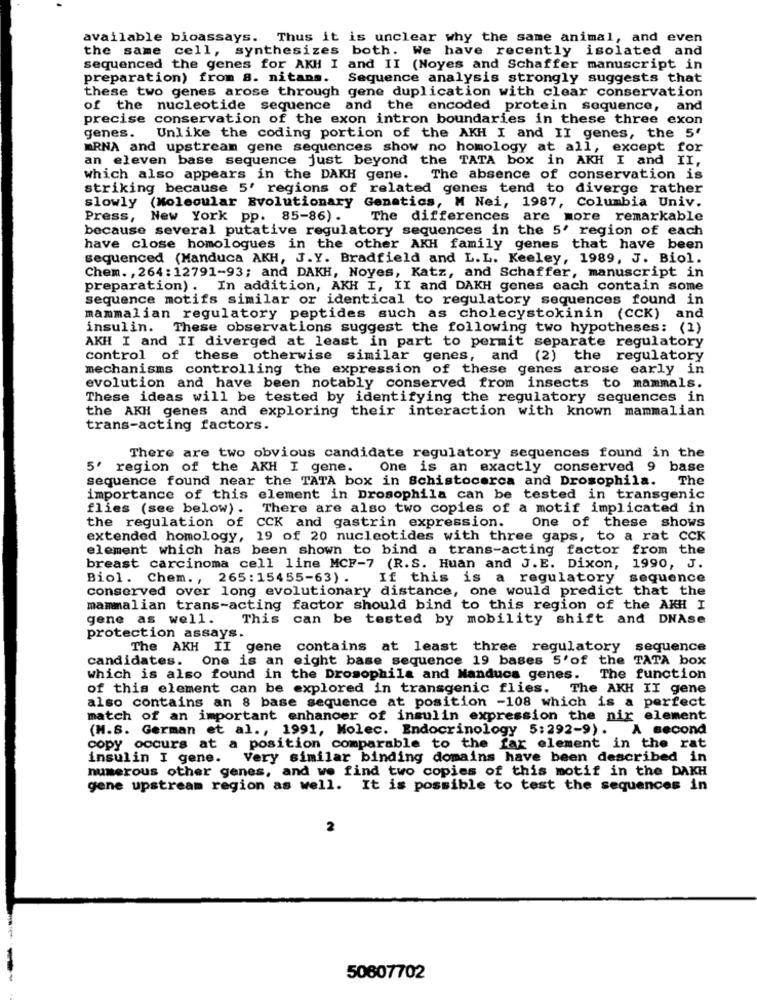
available bioassays. Thus it is unclear why the same animal, and even
the same cell, synthesizes both. We have recently isolated and
sequenced the genes for AKH I and II (Noyes and Schaffer manuscript in
preparation) from 8. nitans. Sequence analysis strongly suggests that
these two genes arose through gene duplication with clear conservation
of the nucleotide sequence and the encoded protein sequence, and
precise conservation of the exon intron boundaries in these three exon
genes.
Unlike the coding portion of the AKH I and II genes, the 5'
mRNA and upstream gene sequences show no homology at all, except for
an eleven base sequence just beyond the TATA box in AKH I and II,
which also appears in the DAKH gene. The absence of conservation is
striking because 5' regions of related genes tend to diverge rather
slowly (Molecular Evolutionary Genetics, M Nei, 1987, Columbia Univ.
Press, New York pp. 85-86).
The differences are more remarkable
because several putative regulatory sequences in the 5' region of each
have close homologues in the other AKH family genes that have been
sequenced (Manduca AKH, J.Y. Bradfield and L. L. Keeley, 1989, J. Biol.
Chem. , 264:12791-93; and DAKH, Noyes, Katz, and Schaffer, manuscript in
preparation). In addition, AKH I, II and DAKH genes cach contain some
sequence motifs similar or identical to regulatory sequences found in
mammalian regulatory peptides such as cholecystokinin (CCK) and
insulin. These observations suggest the following two hypotheses: (1)
AKH I and II diverged at least in part to permit separate regulatory
control of these otherwise similar genes, and (2) the regulatory
mechanisms controlling the expression of these genes arose early in
evolution and have been notably conserved from insects to mammals.
These ideas will be tested by identifying the regulatory sequences in
the AKH genes and exploring their interaction with known mammalian
trans-acting factors.
There are two obvious candidate regulatory sequences found in the
5' region of the AKH I gene.
One is an exactly conserved 9 base
sequence found near the TATA box in Schistocerca and Drosophila. The
importance of this element in Drosophila can be tested in transgenic
flies (see below) .
There are also two copies of a motif implicated in
the regulation of CCK and gastrin expression.
One of these shows
extended homology, 19 of 20 nucleotides with three gaps, to a rat CCK
element which has been shown to bind a trans-acting factor from the
breast carcinoma cell line MCF-7 (R.S. Huan and J.E. Dixon, 1990, J.
Biol. Chem. , 265:15455-63).
If this is a regulatory sequence
conserved over long evolutionary distance, one would predict that the
mammalian trans-acting factor should bind to this region of the AKH I
gene as well.
This can be tested by mobility shift and DNAse
protection assays.
The AKH II gene contains at least three regulatory sequence
candidates. One is an eight base sequence 19 bases 5'of the TATA box
which is also found in the Drosophila and Manduca genes. The function
of this element can be explored in transgenic flies. The AKH II gene
also contains an 8 base sequence at position -108 which is a perfect
match of an important enhancer of insulin expression the nir element
(H.S. German et al ., 1991, Molec. Endocrinology 5:292-9).
A second
copy occurs at a position comparable to the far element in the rat
insulin I gene. Very similar binding domains have been described in
numerous other genes, and we find two copies of this motif in the DAKH
gene upstream region as well. It is possible to test the sequences in
50607702